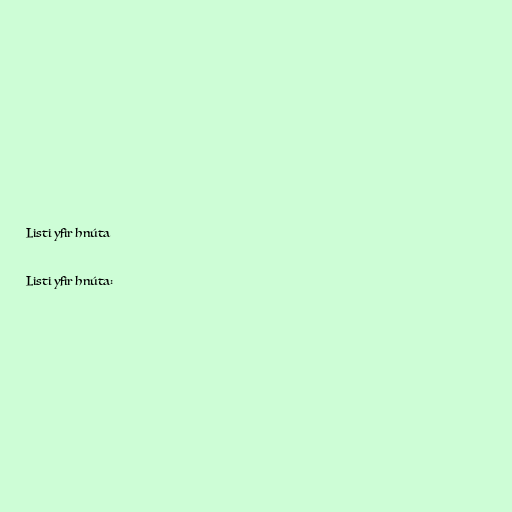
Listi yfir hnúta

Listi yfir hnúta: